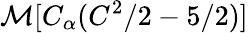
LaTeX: \mathcal{M}[C_{\alpha}(C^{2}/2-5/2)]